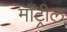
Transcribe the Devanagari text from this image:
माँट्रील